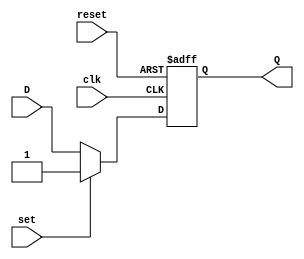
module d_flip_flop_synchronous (
    input wire clk,
    input wire reset,
    input wire set,
    input wire D,
    output reg Q
);

always @(posedge clk or posedge reset)
begin
    if (reset)
        Q <= 1'b0;
    else if (set)
        Q <= 1'b1;
    else
        Q <= D;
end

endmodule